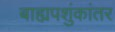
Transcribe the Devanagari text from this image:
बाह्यपशुंकांतर